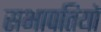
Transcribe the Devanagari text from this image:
सभापतियॉ